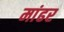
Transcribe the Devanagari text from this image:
मांढर